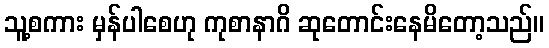
သူ့စကား မှန်ပါစေဟု ကုစာနာဂိ ဆုတောင်းနေမိတော့သည်။